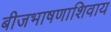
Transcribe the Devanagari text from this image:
बीजभाषणाशिवाय